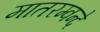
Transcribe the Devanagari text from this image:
मातरम्वन्दे